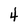
Character: 4